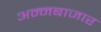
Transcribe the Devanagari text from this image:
अन्नबाजार